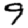
Digit: 9